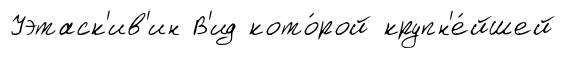
Уэтаск'ив'ин В'ид кото́рой крупн'е́йшей